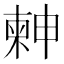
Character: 𣍃